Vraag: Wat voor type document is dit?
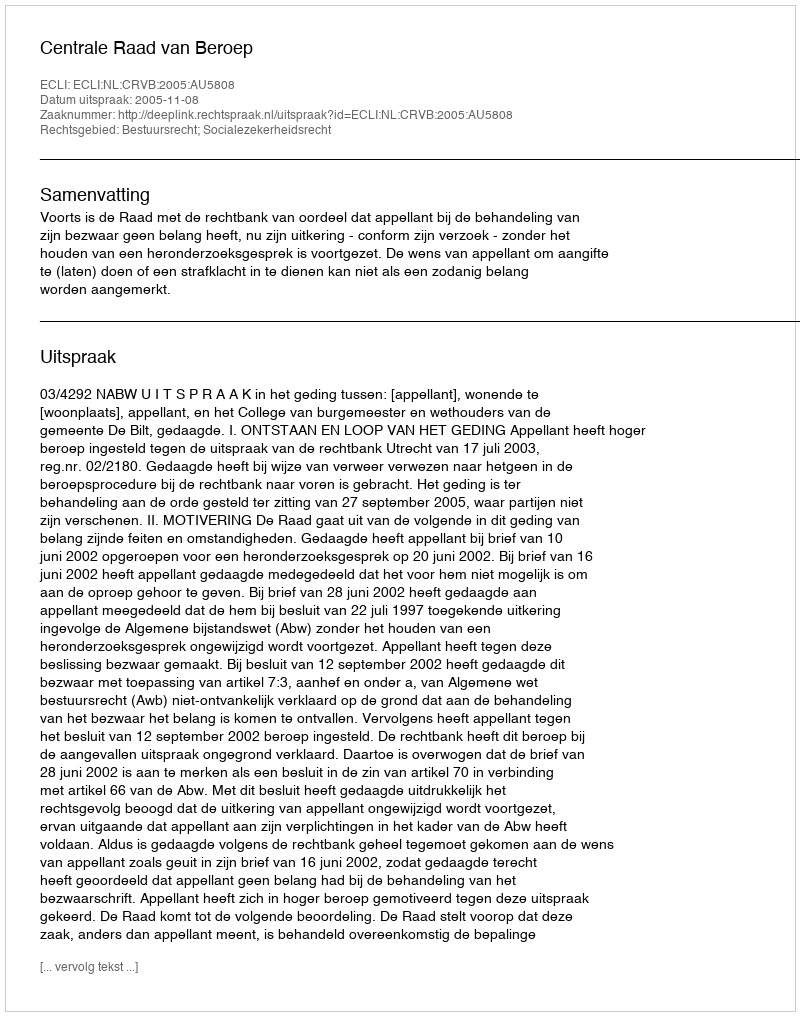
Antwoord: Uitspraak